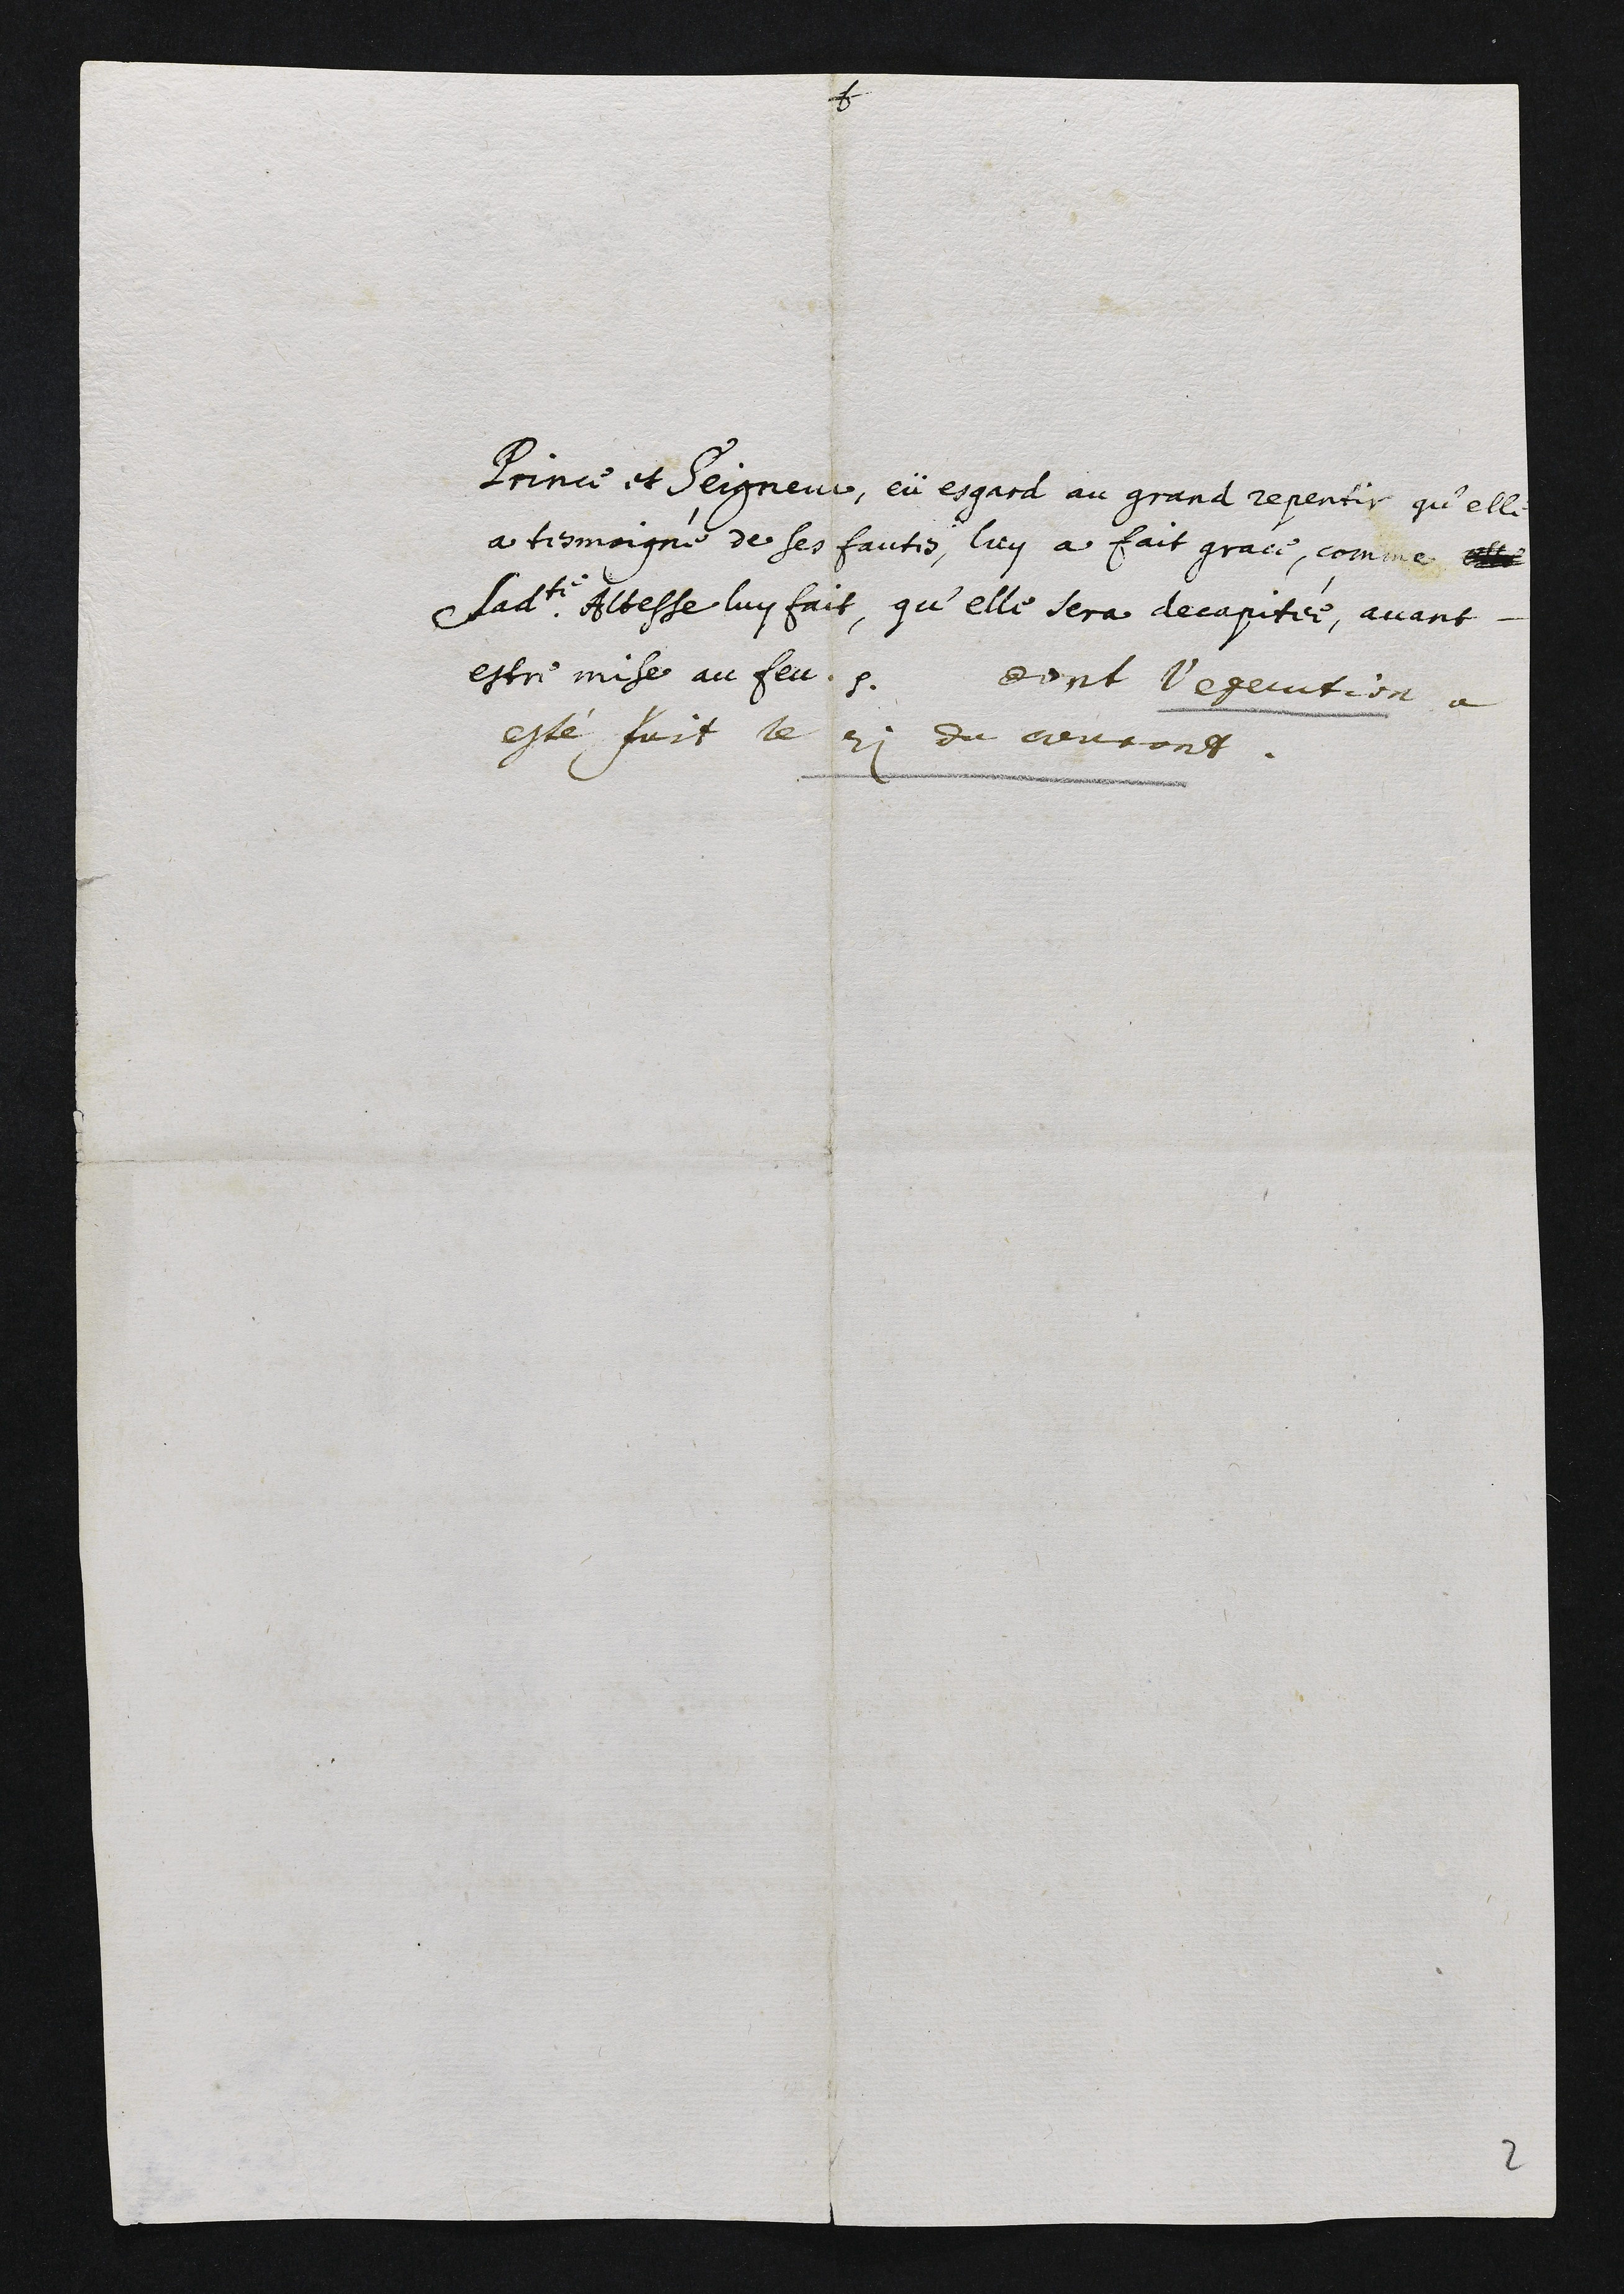
Prince et Seigneur, eü espard au grand repentir qu’elle
a tesmoigné de ses fautes, luy a fait grace, comme ettle
Lladite Atesse luy fait, qu’elle sera decapitée, avant-
estre mise au feu. dont l’exccution à
esté fuit le ri du ceurons.